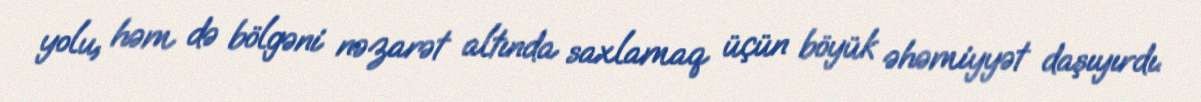
yolu, həm də bölgəni nəzarət altında saxlamaq üçün böyük əhəmiyyət daşıyırdı.